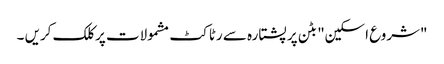
"شروع اسکین" بٹن پر پشتارہ سے رٹاکٹ مشمولات پر کلک کریں ۔